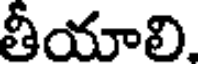
తీయాలి.